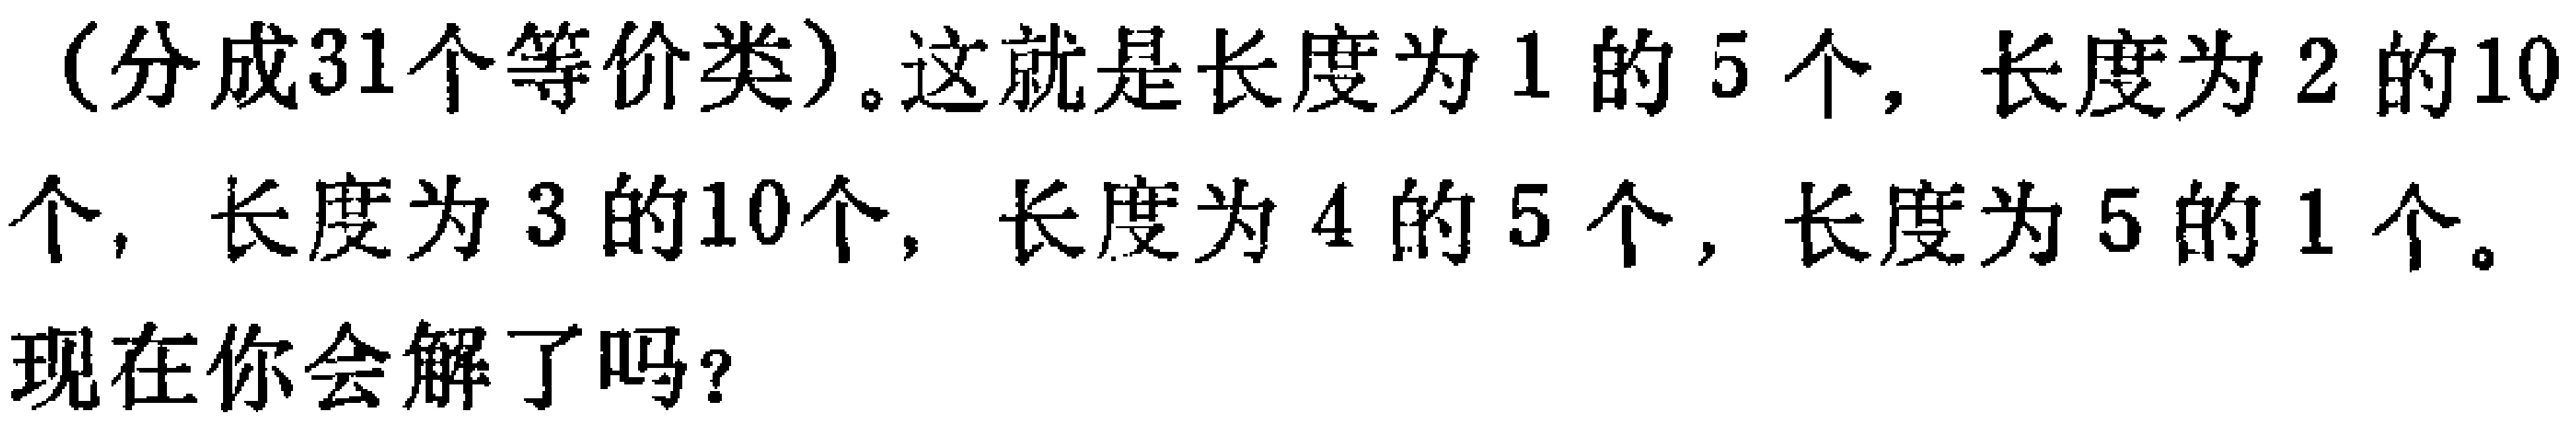
（分成31个等价类）。这就是长度为1的5个，长度为2的10个，长度为3的10个，长度为4的5个，长度为5的1个。
现在你会解了吗？